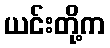
ယင်းတို့က